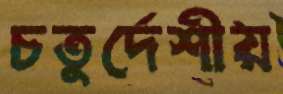
চতুর্দেশীয়